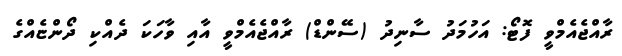
ރާއްޖެއެމްވީ ފޮޓޯ: އަހުމަދު ސާނިދު (ސޭންޑް) ރާއްޖެއެމްވީ އާއި ވާހަކަ ދެއްކި ދޯންޏެއްގެ